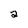
Character: 2